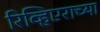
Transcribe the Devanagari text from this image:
रिव्हिएराच्या